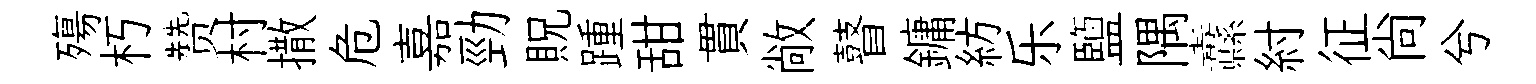
殤朽赞村撒危嘉勁貺踵甜貫敞瞽鏞紡乐鹽隅纛紂征尚兮